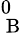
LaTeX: _\mathrm{~B~}^{0}